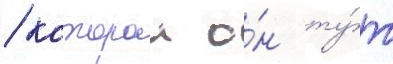
/ которои о́н ту́т